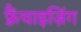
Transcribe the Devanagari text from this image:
फ़्रैंचाइज़िंग